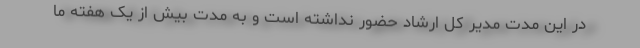
در این مدت مدیر کل ارشاد حضور نداشته است و به مدت بیش از یک هفته ما